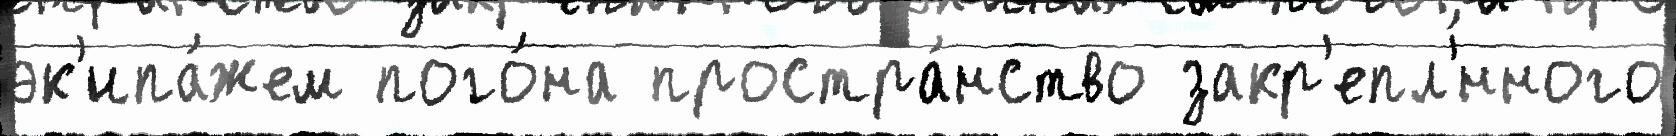
эк'ипа́жем пого́на простра́нство закр'епл'́нного